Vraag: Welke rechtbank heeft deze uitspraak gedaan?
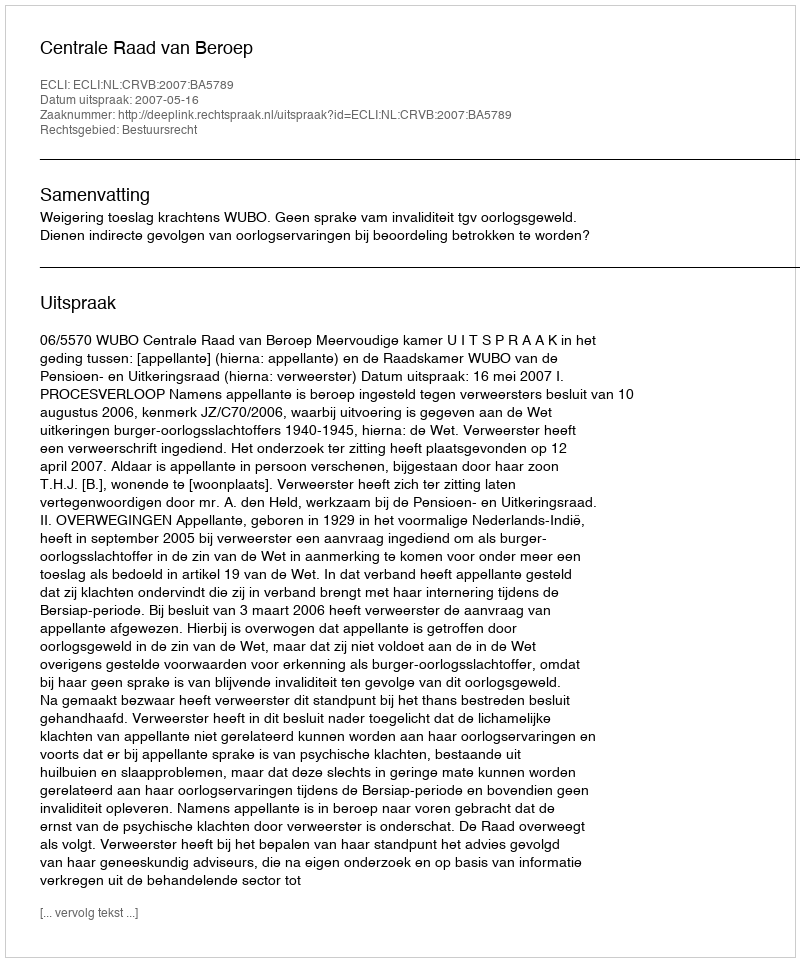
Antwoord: Centrale Raad van Beroep